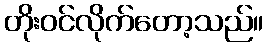
တိုးဝင်လိုက်တော့သည်။